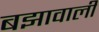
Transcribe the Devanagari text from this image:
बझावाली